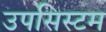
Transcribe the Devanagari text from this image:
उपसिस्टम